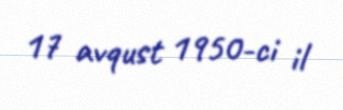
17 avqust 1950-ci il